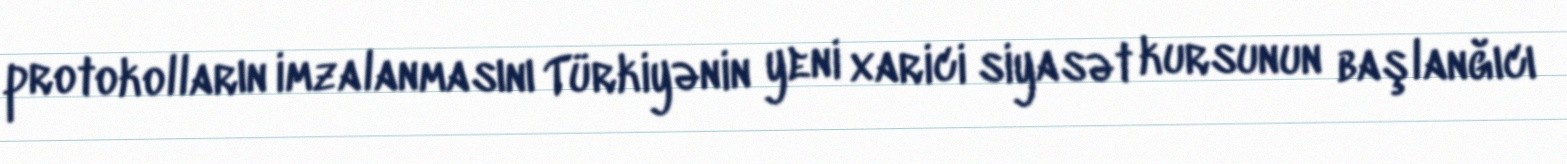
protokolların imzalanmasını Türkiyənin yeni xarici siyasət kursunun başlanğıcı